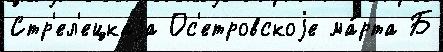
Стр'ел'ецкаjа Ос'етровскоjе ма́рта Б